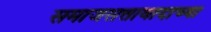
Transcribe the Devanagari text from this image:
समाजसत्तावादाच्या